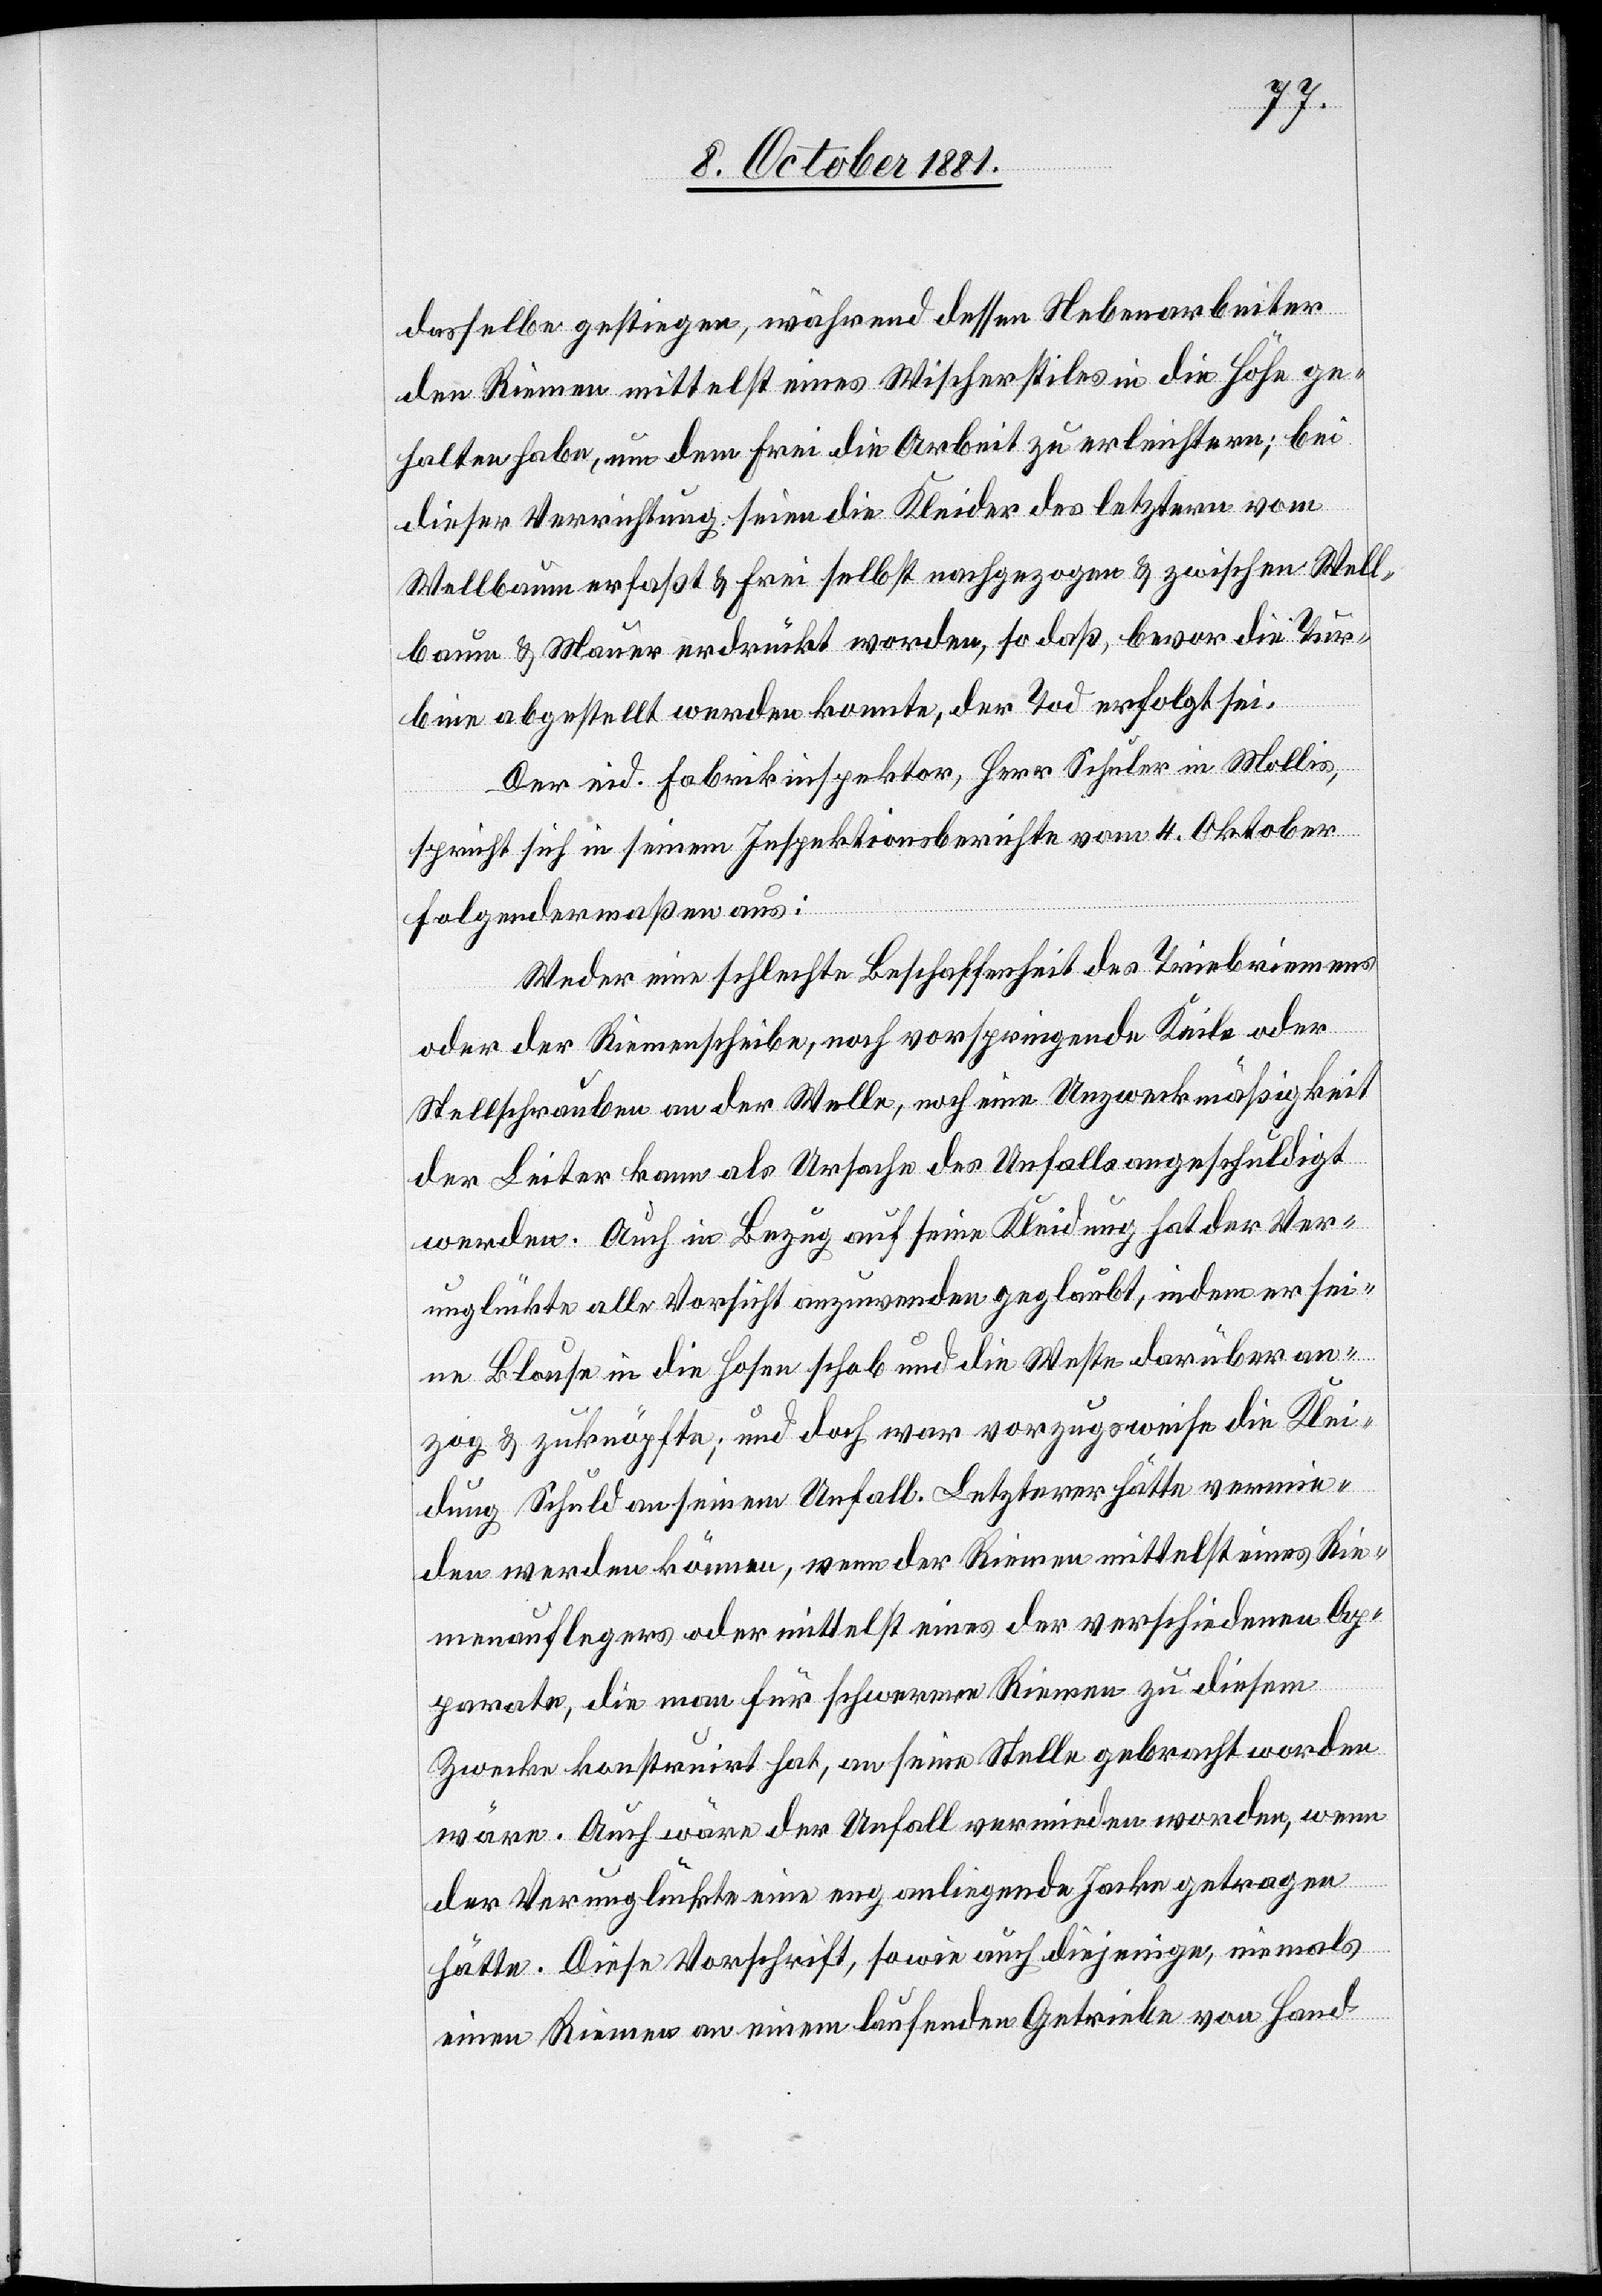
dasselbe gestiegen, während dessen Nebenarbeiter
den Riemen mittelst eines Wischerstiles in die Höhe ge¬
halten habe, um dem Frei die Arbeit zu erleichtern; bei
dieser Verrichtung seien die Kleider des letztern vom
Wellbaum erfaßt & Frei selbst nachgezogen & zwischen Well¬
baum & Mauer erdrückt worden, so daß, bevor die Tur¬
bine abgestellt werden konnte, der Tod erfolgt sei.
Der eid. Fabrikinspektor, Herr Schuler in Mollis,
spricht sich in seinem Inspektionsberichte vom 4. Oktober
folgendermaßen aus:
Weder eine schlechte Beschaffenheit des Triebriemens
oder der Riemenscheibe, noch vorspringende Keile oder
Stellschrauben an der Welle, noch eine Unzweckmäßigkeit
der Leiter kann als Ursache des Unfalls angeschuldigt
werden. Auch in Bezug auf seine Kleidung hat der Ver¬
unglückte alle Vorsicht anzuwenden geglaubt, indem er sei¬
ne Blouse in die Hosen schob und die Weste darüber an¬
zog & zuknöpfte; und doch war vorzugsweise die Klei¬
dung Schuld an seinem Unfall. Letzterer hätte vermie¬
den werden können, wenn der Riemen mittelst eines Rie¬
menauflegers oder mittelst eines der verschiedenen Ap¬
parate, die man für schwerere Riemen zu diesem
Zwecke konstruirt hat, an seine Stelle gebracht worden
wäre. Auch wäre der Unfall vermieden worden, wenn
der Verunglückte eine eng anliegende Jacke getragen
hätte. Diese Vorschrift, sowie auch diejenige, niemals
einen Riemen an einem laufenden Getriebe von Hand